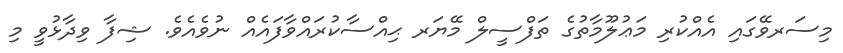
މިސަރވޭގައި އެއްކުރި މަޢުލޫމާތުގެ ތަފްސީލް މޭޔަރ ޙިއްސާކުރައްވާފައެއް ނުވެއެވެ. ޝިފާ ވިދާޅުވީ މި